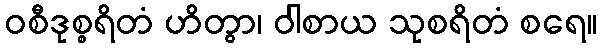
ဝစီဒုစ္စရိတံ ဟိတွာ၊ ဝါစာယ သုစရိတံ စရေ။